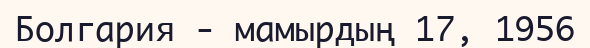
Болгария - мамырдың 17, 1956